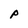
Character: P